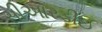
સીઆરડીઈ